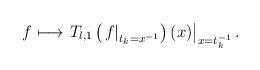
LaTeX: \begin{align*}f \longmapsto \left.T_{l,1}\left(\left.f\right|_{t_k=x^{-1}}\right)(x)\right|_{x=t_k^{-1}}.\end{align*}